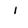
Character: l